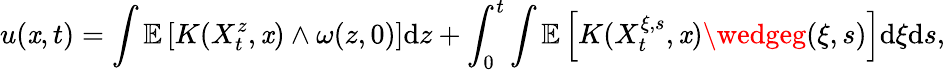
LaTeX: u(\mathit{x},t)=\int\mathbb{{E}}\left[K(X_{t}^{z},\mathit{x})\wedge\omega(z,0)\right]\mathrm{{d}}z+\int_{0}^{t}\int\mathbb{{E}}\left[K(X_{t}^{\xi,s},\mathit{x})\wedgeg(\xi,s)\right]\mathrm{{d}}\xi\mathrm{{d}}s,